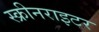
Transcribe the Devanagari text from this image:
स्क्रीनराइटर